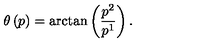
\theta \left( p \right) = \arctan \left( \frac { p ^ { 2 } } { p ^ { 1 } } \right) .